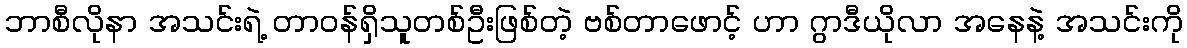
ဘာစီလိုနာ အသင်းရဲ့ တာဝန်ရှိသူတစ်ဦးဖြစ်တဲ့ ဗစ်တာဖောင့် ဟာ ဂွာဒီယိုလာ အနေနဲ့ အသင်းကို